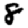
Digit: 8